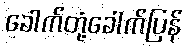
ခေါက်တုံ့ခေါက်ပြန်